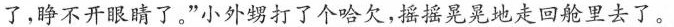
了，睁不开眼睛了。”小外甥打了个哈欠，摇摇晃晃地走回舱里去了。